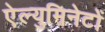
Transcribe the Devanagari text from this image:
ऐल्युमिनेटों